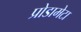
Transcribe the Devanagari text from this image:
प्रोडामेटा